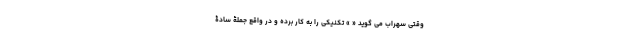
وقتی سهراب می گوید « » تکنیکی را به کار برده و در واقع جملۀ سادۀ